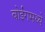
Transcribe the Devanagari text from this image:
बोईंगमध्ये